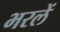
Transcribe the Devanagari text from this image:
भरलें